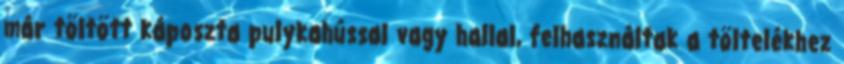
már töltött káposzta pulykahússal vagy hallal, felhasználtak a töltelékhez